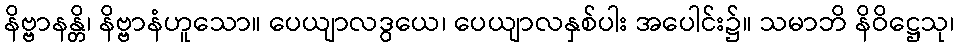
နိဗ္ဗာနန္တိ၊ နိဗ္ဗာနံဟူသော။ ပေယျာလဒွယေ၊ ပေယျာလနှစ်ပါး အပေါင်း၌။ သမာဘိ နိဝိဋ္ဌေသု၊